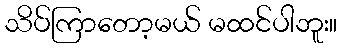
သိပ်ကြာတော့မယ် မထင်ပါဘူး။